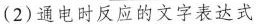
(2)通电时反应的文字表达式